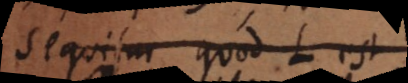
sequitur quod L est